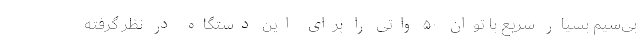
بی‌سیم بسیار سریع با توان ۵۰ واتی را برای این دستگاه در نظر گرفته